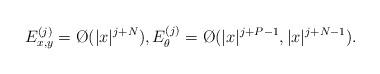
LaTeX: \begin{align*}E^{(j)}_{x,y} = \O(|x|^{j+N}), E^{(j)}_\theta = \O(|x|^{j+P-1},|x|^{j+N-1}).\end{align*}